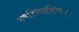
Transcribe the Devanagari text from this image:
स्वस्तिदक्षिणः।।